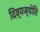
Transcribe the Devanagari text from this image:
दिव्यज्योति